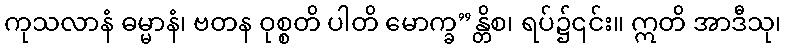
ကုသလာနံ ဓမ္မာနံ၊ ဗတန ဝုစ္စတိ ပါတိ မောက္ခ”န္တိစ၊ ရပ်၌၎င်း။ ဣတိ အာဒီသု၊